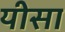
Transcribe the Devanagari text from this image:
यीसा